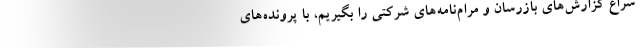
سراغ گزارش‌های بازرسان و مرام‌نامه‌های شرکتی را بگیریم، با پرونده‌های